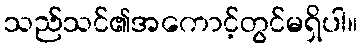
သည်သင်၏အကောင့်တွင်မရှိပါ။